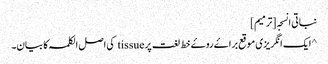
نباتی انسجہ [ترمیم]
^ ایک انگریزی موقع براۓ روۓ خط لغت پر tissue کی اصل الکلمہ کا بیان۔